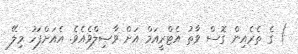
) ގެ ތެރެއިން ގޮސް ވާތު އެޓްރީއަމް އަށް ވާޞިލްވެއެވެ. އެއަށްފަހު މިލޭ